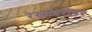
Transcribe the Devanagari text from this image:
रेखाबरोबर